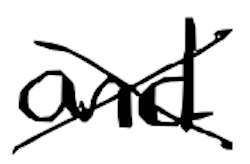
Text: and
Cross-out: cross
Writing tool: digital_black